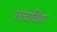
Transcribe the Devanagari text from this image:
तत्वविद्या